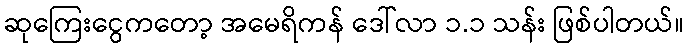
ဆုကြေးငွေကတော့ အမေရိကန် ဒေါ်လာ ၁.၁ သန်း ဖြစ်ပါတယ်။